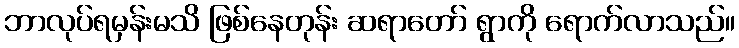
ဘာလုပ်ရမှန်းမသိ ဖြစ်နေတုန်း ဆရာတော် ရွာကို ရောက်လာသည်။